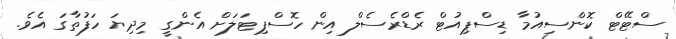
ސްޓޭޓް ކޮންސިއުމާ ޑިސްޕިއުޓް ރެޑްރެސެލް އިން ހޮސްޕިޓަލަށް އެންގީ މިދިޔަ ހަފުތާގަ އެވެ.